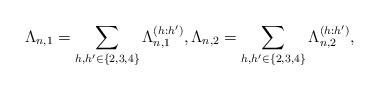
LaTeX: \begin{align*}\Lambda_{n,1} = \sum_{h,h' \in \{2,3,4\}} \Lambda^{(h:h')}_{n,1} , \Lambda_{n,2} = \sum_{h,h' \in \{2,3,4\}} \Lambda^{(h:h')}_{n,2},\end{align*}